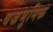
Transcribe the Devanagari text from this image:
वज्रभुमिक